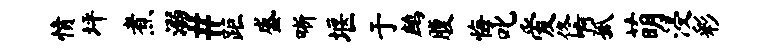
愤坪煮溺#距盛晰堰于鹧腹悔叱爱佟啊孤萌浸彩